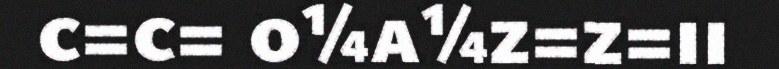
c=c= o¼a¼z=z=ii